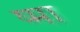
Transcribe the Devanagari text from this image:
ष्मा